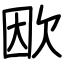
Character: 欭